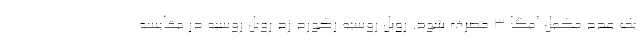
یک عدد مکمل امگا ۳ مصرف شود. روبل روسیه رکورد زد روبل روسیه در مقایسه